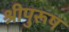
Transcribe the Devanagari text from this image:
श्रीपुरूष